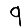
Digit: 9